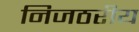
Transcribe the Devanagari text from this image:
निजठरीय